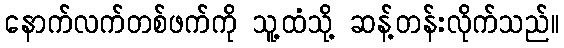
နောက်လက်တစ်ဖက်ကို သူ့ထံသို့ ဆန့်တန်းလိုက်သည်။